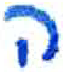
אות: ה